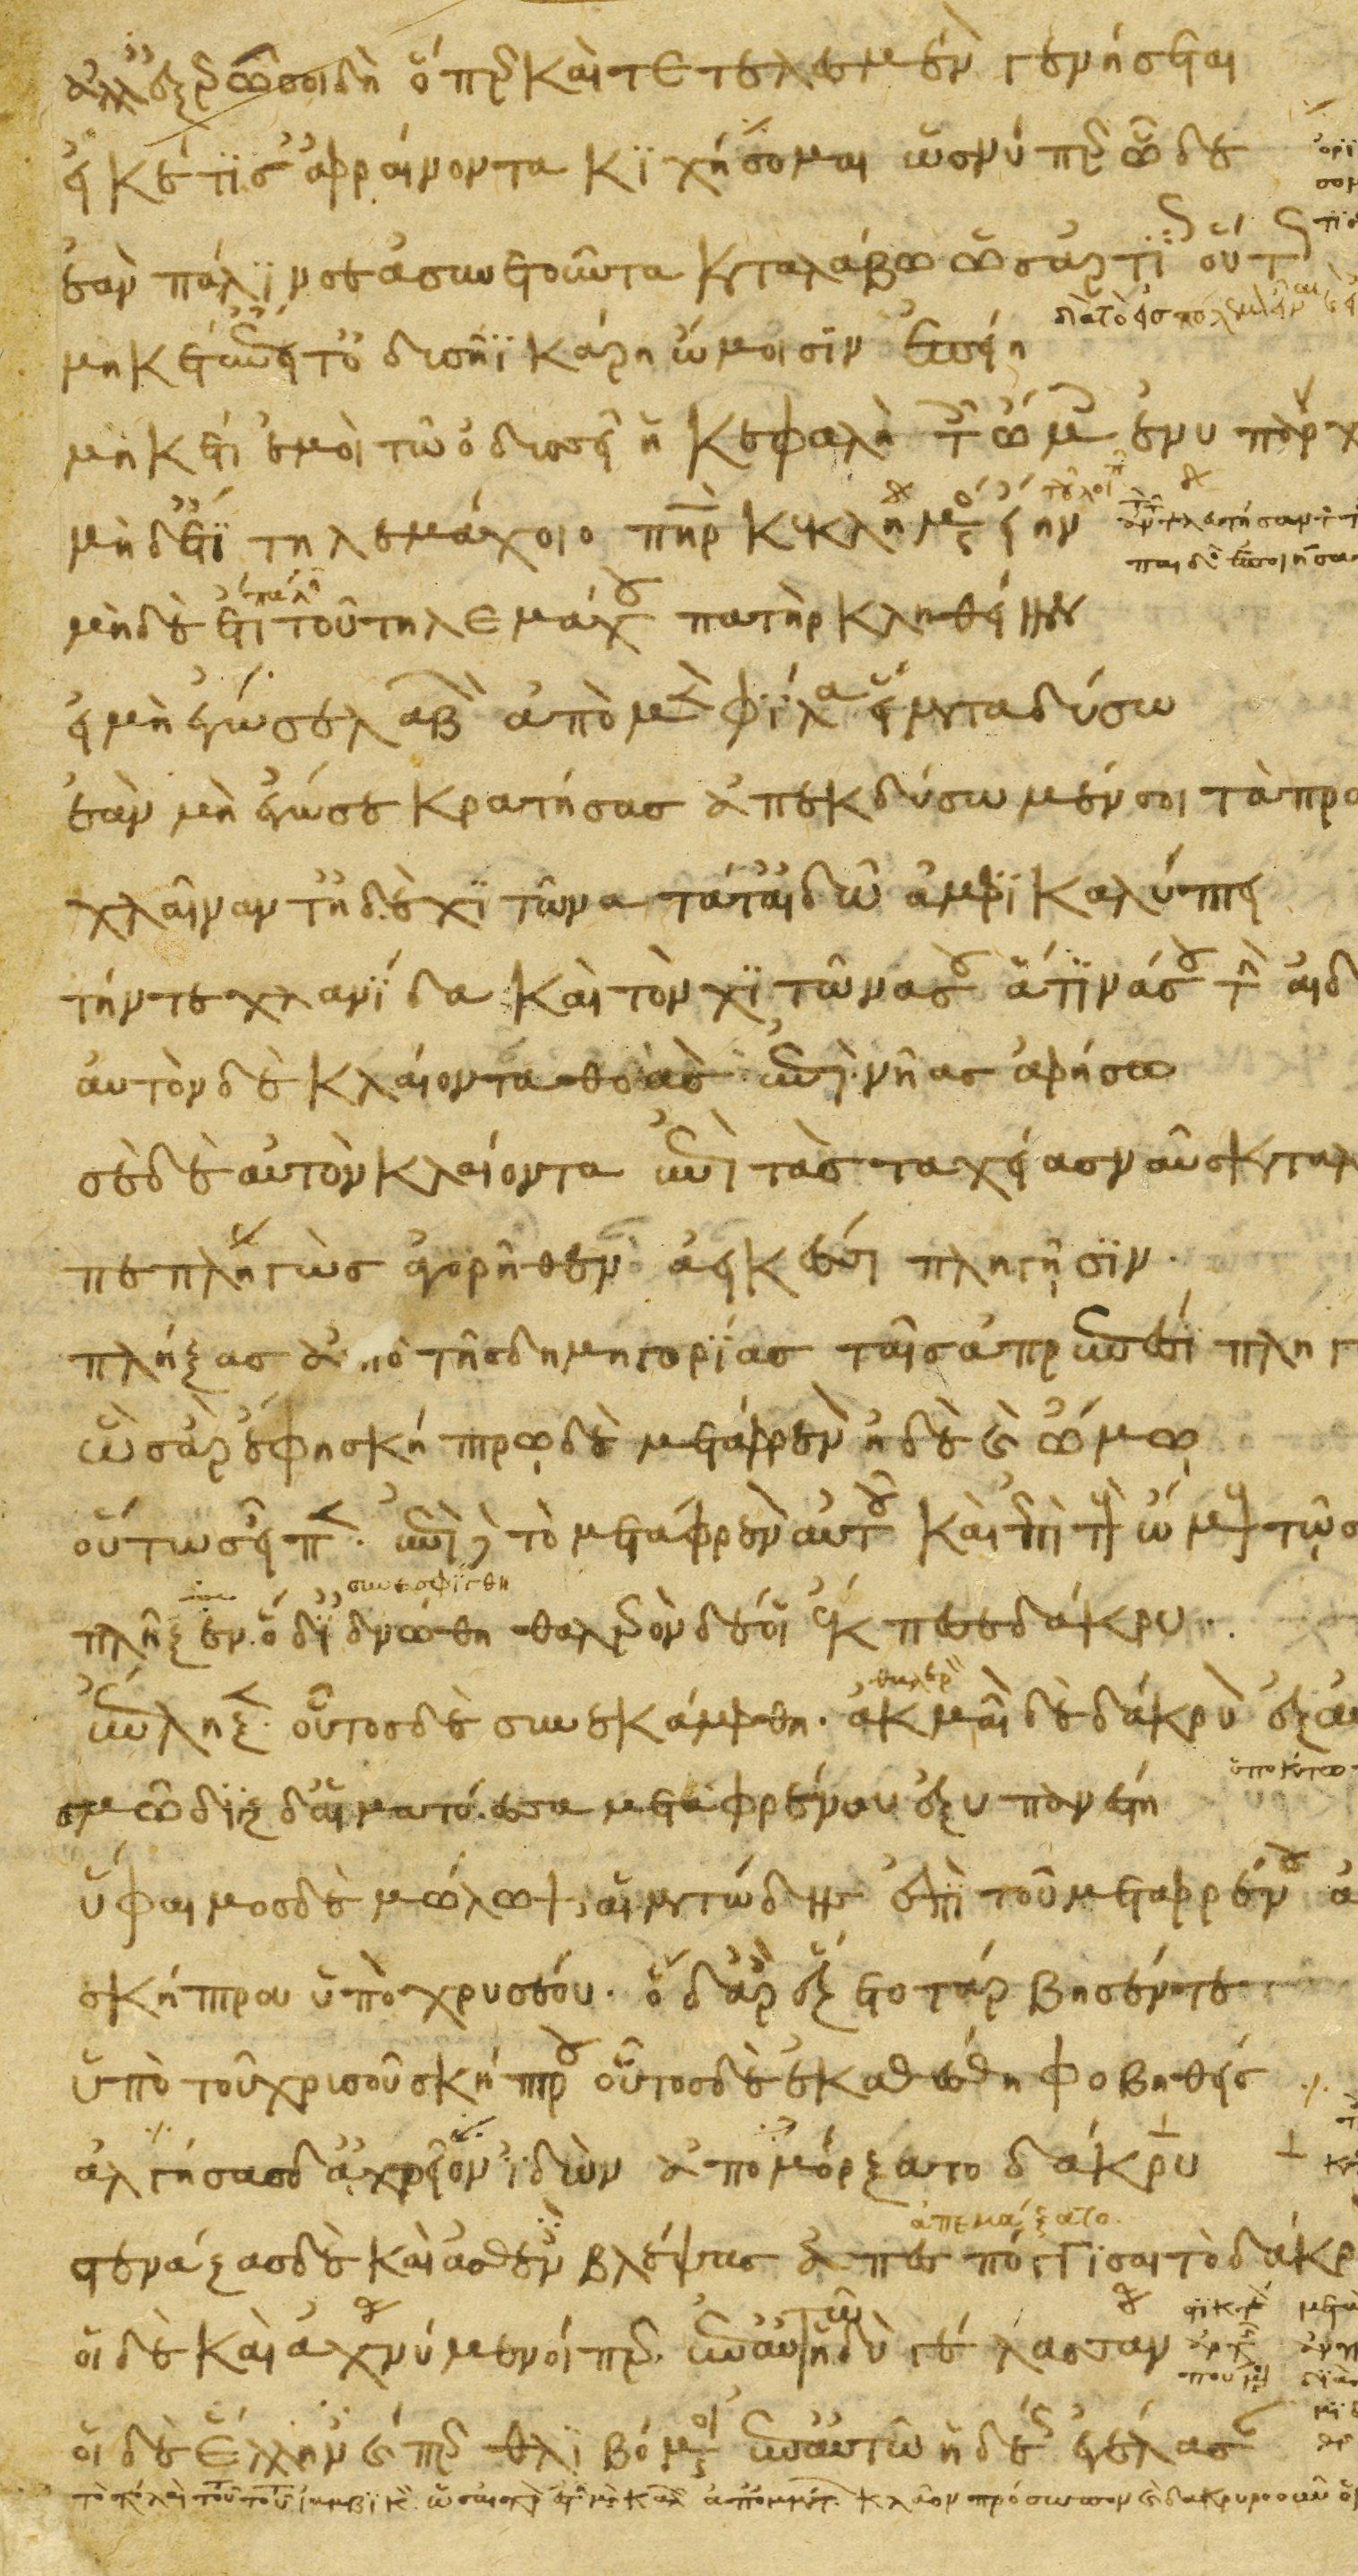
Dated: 1200–1299